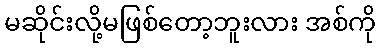
မဆိုင်းလို့မဖြစ်တော့ဘူးလား အစ်ကို